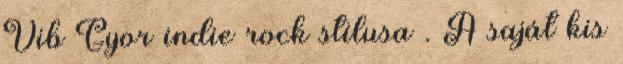
Vib Gyor indie rock stílusa . A saját kis